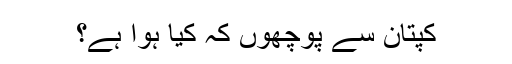
کپتان سے پوچھوں کہ کیا ہوا ہے؟